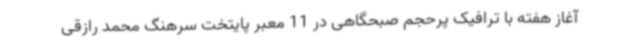
آغاز هفته با ترافیک پرحجم صبحگاهی در 11 معبر پایتخت سرهنگ محمد رازقی